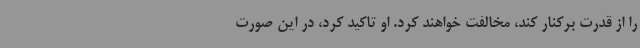
را از قدرت برکنار کند، مخالفت خواهند کرد. او تاکید کرد، در این صورت